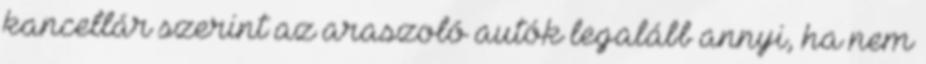
kancellár szerint az araszoló autók legalább annyi, ha nem